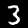
Label: 3